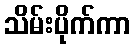
သိမ်းပိုက်ကာ